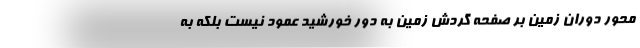
محور دوران زمین بر صفحه گردش زمین به دور خورشید عمود نیست بلکه به